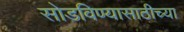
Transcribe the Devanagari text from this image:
सोडविण्यासाठीच्या